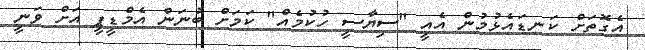
އެގޮތަށް ކަނޑައެޅުމުން އެއީ "ސިޔާސީ ހުކުމެއް" ކަމަށް ބުނަން އެމްޑީޕީ އަށް ވަނީ